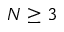
N \geq 3